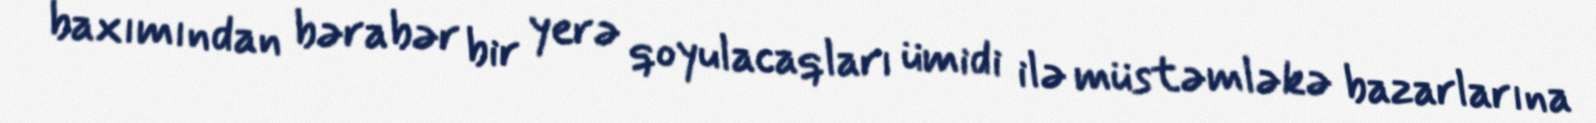
baxımından bərabər bir yerə qoyulacaqları ümidi ilə müstəmləkə bazarlarına